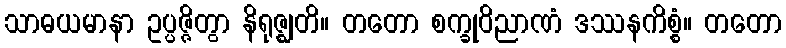
သာဓယမာနာ ဥပ္ပဇ္ဇိတွာ နိရုဇ္ဈတိ။ တတော စက္ခုဝိညာဏံ ဒဿနကိစ္စံ။ တတော